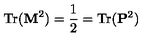
\mathrm { T r } ( { \bf M } ^ { 2 } ) = { \frac { 1 } { 2 } } = \mathrm { T r } ( { \bf P } ^ { 2 } ) \,